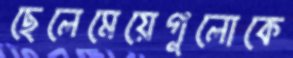
ছেলেমেয়েগুলোকে